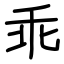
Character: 乖